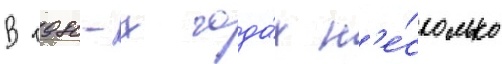
В 1980-х года́х н'е́сколько